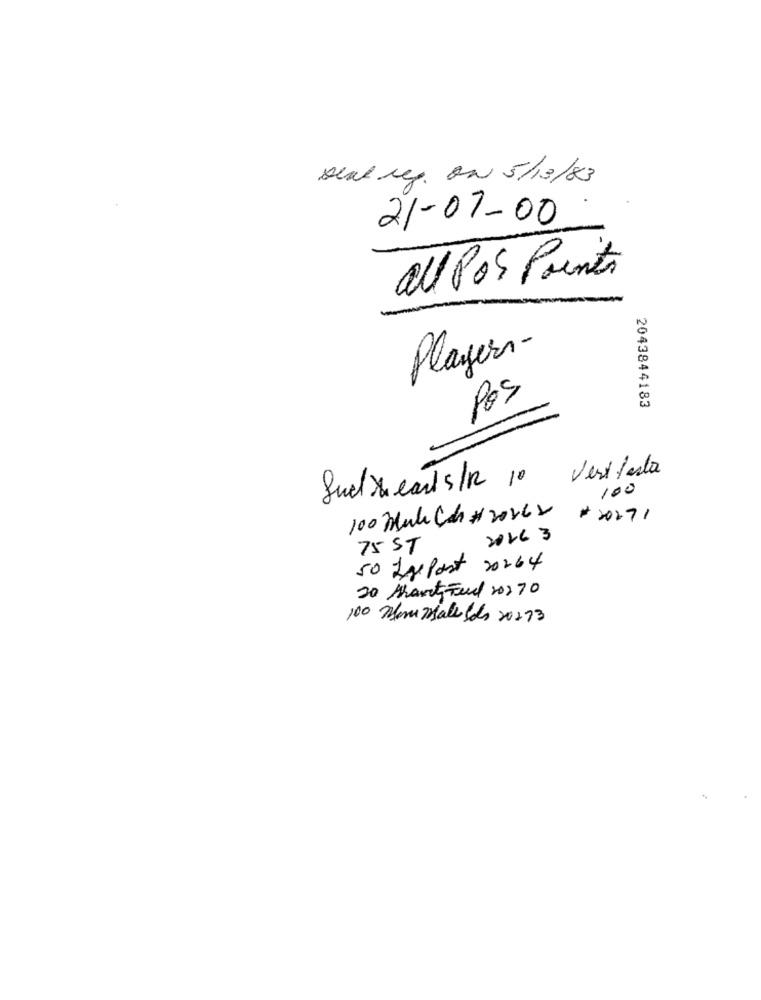
Deal reg. on 5/13/83
21-01-00
all Pos Points
Players-
Pos
2043844183
Vest Pasta
Sud heart s/2 10
100
100 Make Cch # 2026 2
+ 2027!
2016 3
75 ST
50 Igepost 20264
20 Mant Feed ro2 70
100 Menu Mate lots 20213